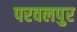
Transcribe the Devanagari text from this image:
परवलपुर